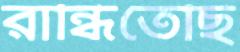
রান্ধিতেছি